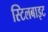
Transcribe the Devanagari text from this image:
स्टिलबाइट